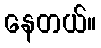
နေတယ်။